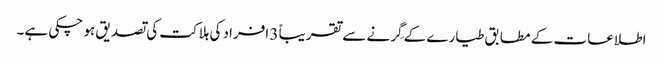
اطلاعات کے مطابق طیارے کے گِرنے سے تقریباً 3 افراد کی ہلاکت کی تصدیق ہو چکی ہے۔